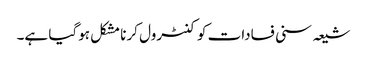
شیعہ سنی فسادات کو کنٹرول کرنا مشکل ہوگیا ہے۔